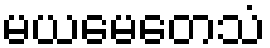
မယမေတေသံ